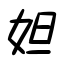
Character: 妲